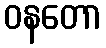
ဝနတော